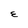
Character: E